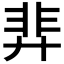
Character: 𫸝